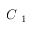
C \textsubscript { 1 }